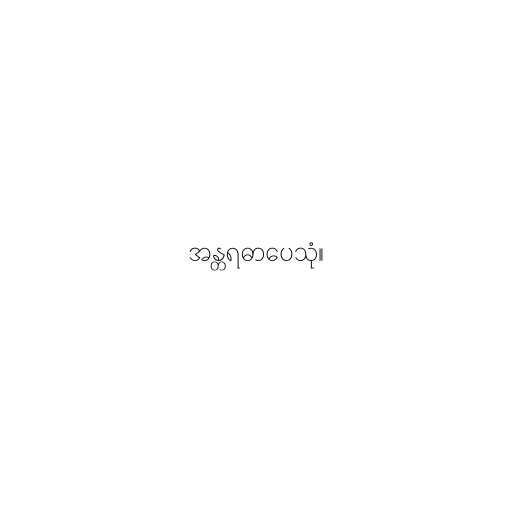
အန္တရဓာပေသုံ။